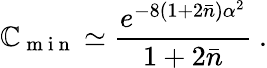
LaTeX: \mathbb{C}_{\mathrm{{~m~i~n~}}}\simeq\frac{{e^{-8(1+2\bar{{n}})\alpha^{2}}}}{{1+2\bar{{n}}}}\ .